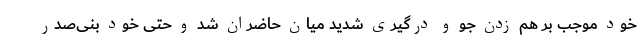
خود موجب بر هم زدن جو و درگیری شدید میان حاضران شد و حتی خود بنی‌صدر